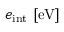
e _ { \mathrm { i n t } } \ [ \mathrm { e V } ]